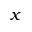
x